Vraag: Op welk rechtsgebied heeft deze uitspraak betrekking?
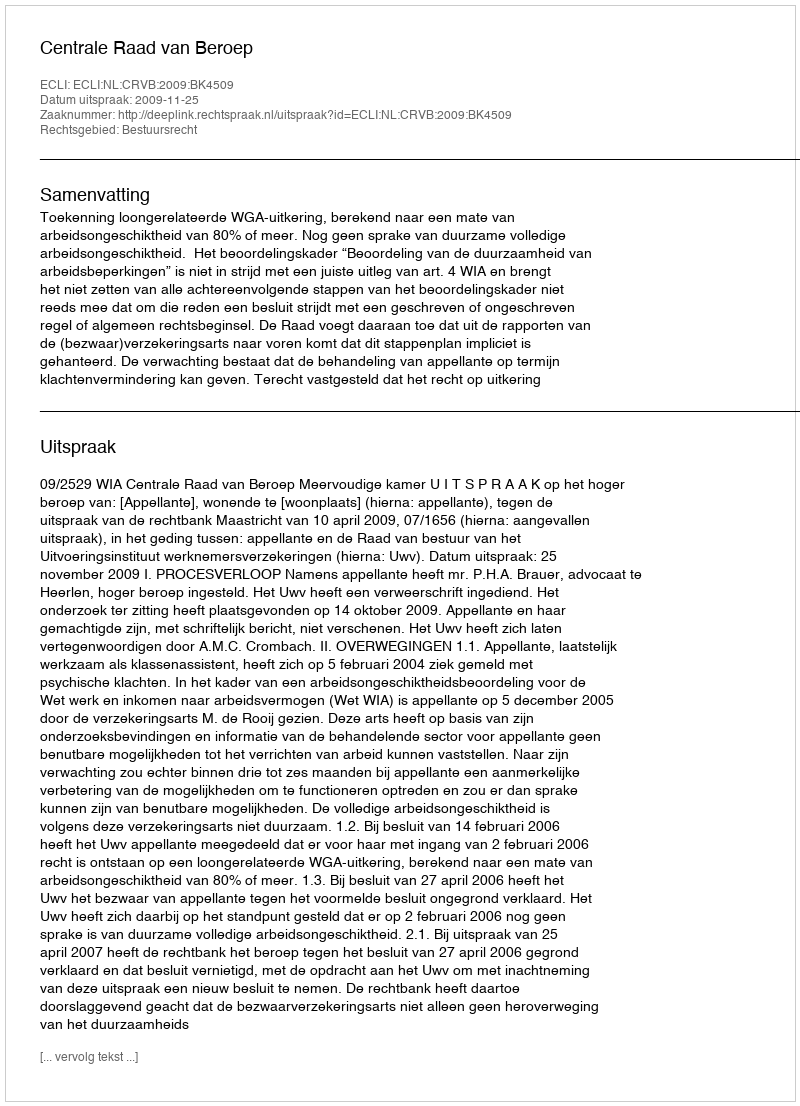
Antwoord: Bestuursrecht